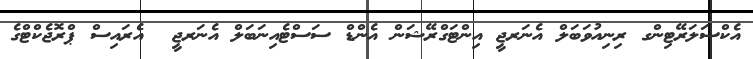
އެކްސަލަރޭޓިންގ ރިނިއުވަބަލް އެނަރޖީ އިންޓަގްރޭޝަން އެންޑް ސަސްޓެއިނަބަލް އެނަރޖީ  އެރައިސް ޕްރޮޖެކްޓްގެ